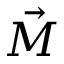
\vec { M }